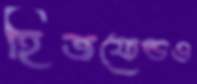
হিজফেল্ডও